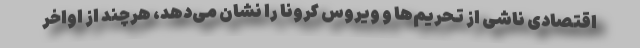
اقتصادی ناشی از تحریم‌ها و ویروس کرونا را نشان می‌دهد، هرچند از اواخر